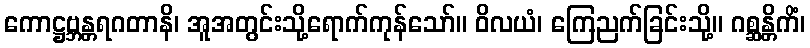
ကောဋ္ဌဗ္ဘန္တရဂတာနိ၊ အူအတွင်းသို့ရောက်ကုန်သော်။ ဝိလယံ၊ ကြေညက်ခြင်းသို့။ ဂစ္ဆန္တိကိံ၊